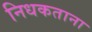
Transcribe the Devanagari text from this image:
निधकताना